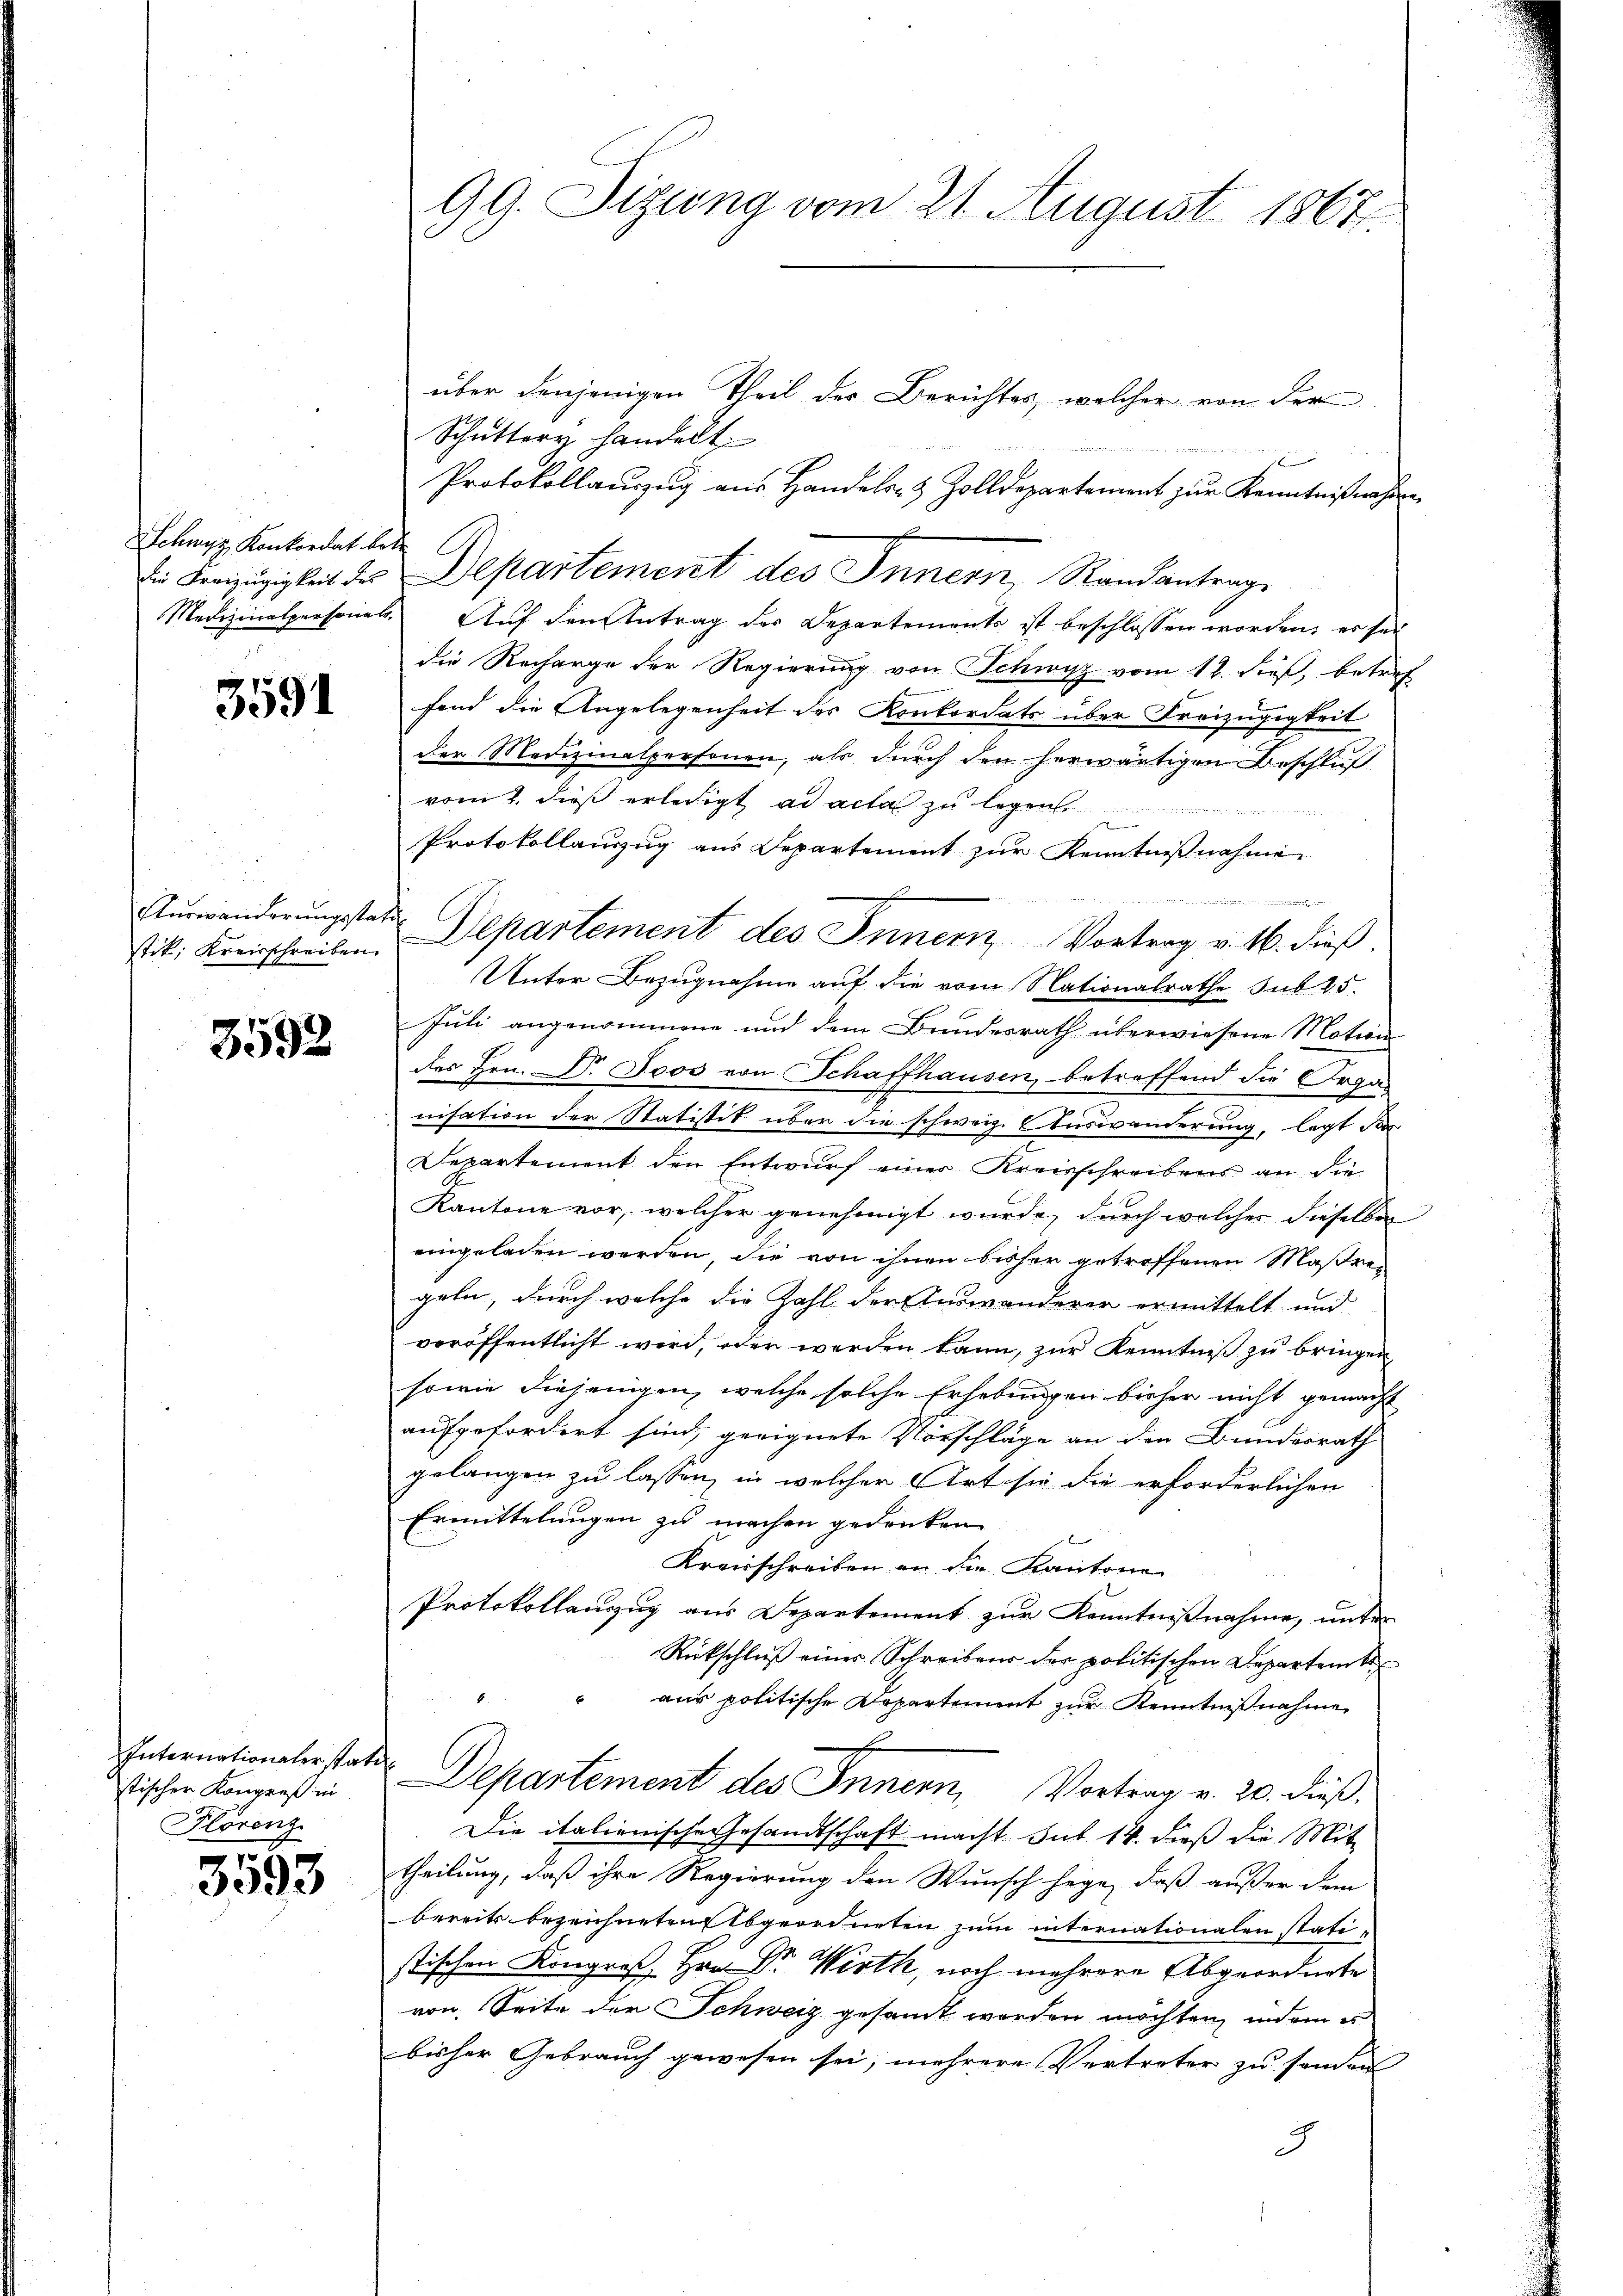
Schwyz Konkordat betr

3591

stik. Kreisschreiben.

3592

Internationaler statt
stischer Kongreß in
Florenz

3593

99. Sizung vom 21. August 1867

über denjenigen Theil der Berichtes, welcher von der
Schuttery handelt.
Protokollauszug aus Handels- & Zolldepartement zur Kenntnißnahen
Die Kreizügigkeit des Departement des Innern, Randantrage
Medizinalpersonals. Auf den Antrag des Departements ist beschlossen worden, es sei
die Recharge der Regierung von Schwyz vom 12. dieß, betref
fend die Angelegenheit des Konkordats über Kreizügigkeit
der Medizinalpersonen, als durch den herwärtigen Beschluß
vom 2. dieß erledigt ad acta zu legen
Protokollauszug aus Departement zur Kenntnißnahme

Aurwänderungsstatte Departement des Innern Vortrag v. 16. dieß.
Unter Bezugnahme auf die vom Nationalrathe sub 25.
Juli angenommene und dem Bundesrath überwiesene Motion
des Hrn. Dr. Joos von Schaffhausen, betreffend die Organisation der Statistik über die schweiz. Auswanderung, legt dar
Departement den Entwurf einer Kreisschreibens an die
Kantone vor, welcher genehmigt wurde, durch welcher dieselben
eingeladen werden, die von ihnen bisher getroffenen Maßregeln, durch welche die Zahl der Auswanderer ermittelt und
veröffentlicht wird, oder werden kann, zur Kenntniß zu bringen,
sowie diejenigen, welche solche Erhebungen bisher nicht gemacht
aufgefordert sind, geeignete Vorschläge an den Bundesrath
gelangen zu lassen, in welcher Art sie die erforderlichen
Ermittelungen zu machen gedenken.

Kreisschreiben an die Kantone
Protokollauszug aus Departement zur Kenntnißnahme, unter
Rückschluß einer Schreibens der politischen Departem t
aus politische Departement zur Kenntnißnahme
 Departement des Innern, Vortrag v. 20. dieß.
Die italienische Gesandtschaft macht sub 14. dieß die Mit-
theilung, daß ihre Regierung den Wunsch hege, daß außer dem
bereits bezeichneten Abgeordneten zum internationalen statistischen Kongroß, Hrn. Dr. Wirth, noch mehrere Abgeordnete
von Seite der Schweiz gesamt werden möchten, indem es
bisher Gebrauch gewesen sei, mehrere Vertreter zu sonden
8